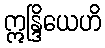
ဣန္ဒြိယေဟိ